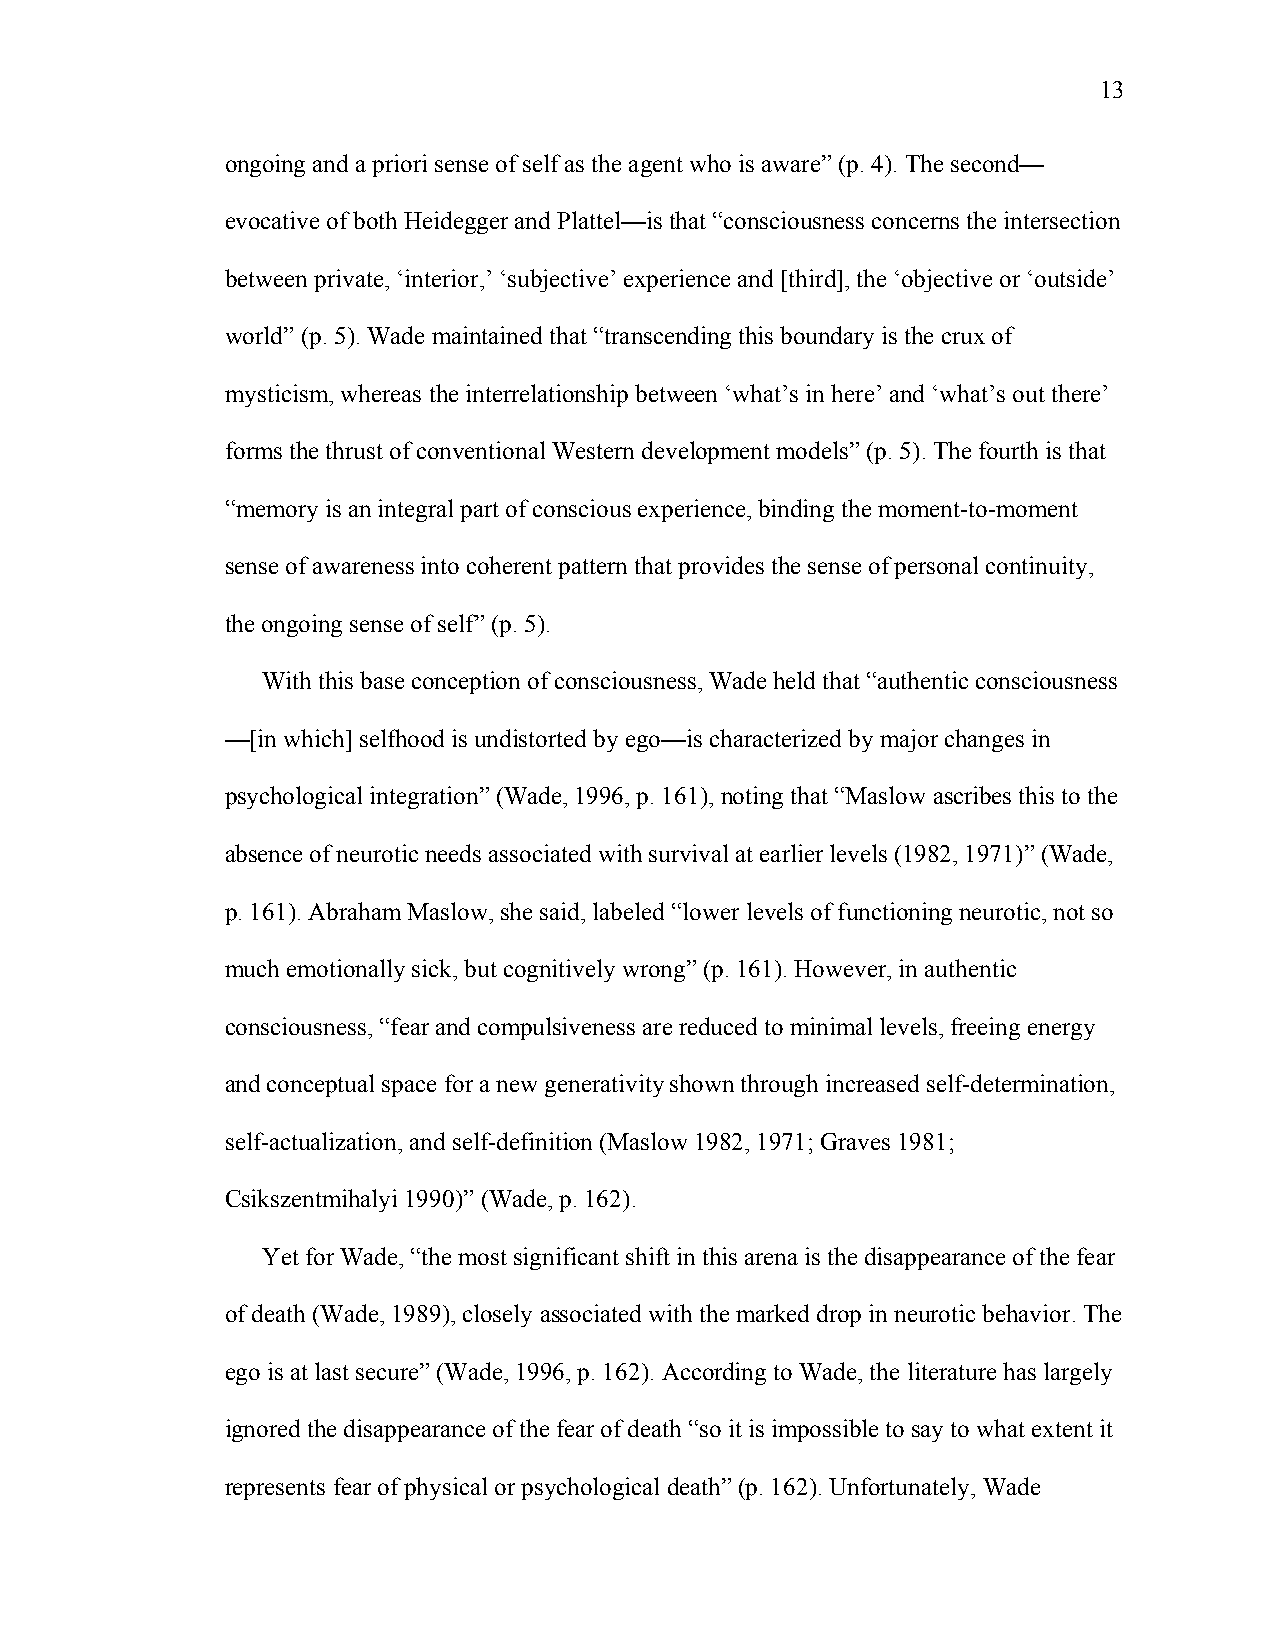
13
 ongoing and a priori sense of self as the agent who is aware” (p. 4). The second—
 evocative of both Heidegger and Plattel—is that “consciousness concerns the intersection
 between private, ‘interior,’ ‘subjective’ experience and [third], the ‘objective or ‘outside’
 world” (p. 5). Wade maintained that “transcending this boundary is the crux of
 mysticism, whereas the interrelationship between ‘what’s in here’ and ‘what’s out there’
 forms the thrust of conventional Western development models” (p. 5). The fourth is that
 “memory is an integral part of conscious experience, binding the moment-to-moment
 sense of awareness into coherent pattern that provides the sense of personal continuity,
 the ongoing sense of self” (p. 5).
 With this base conception of consciousness, Wade held that “authentic consciousness
 —[in which] selfhood is undistorted by ego—is characterized by major changes in
 psychological integration” (Wade, 1996, p. 161), noting that “Maslow ascribes this to the
 absence of neurotic needs associated with survival at earlier levels (1982, 1971)” (Wade,
 p. 161). Abraham Maslow, she said, labeled “lower levels of functioning neurotic, not so
 much emotionally sick, but cognitively wrong” (p. 161). However, in authentic
 consciousness, “fear and compulsiveness are reduced to minimal levels, freeing energy
 and conceptual space for a new generativity shown through increased self-determination,
 self-actualization, and self-definition (Maslow 1982, 1971; Graves 1981;
 Csikszentmihalyi 1990)” (Wade, p. 162).
 Yet for Wade, “the most significant shift in this arena is the disappearance of the fear
 of death (Wade, 1989), closely associated with the marked drop in neurotic behavior. The
 ego is at last secure” (Wade, 1996, p. 162). According to Wade, the literature has largely
 ignored the disappearance of the fear of death “so it is impossible to say to what extent it
 represents fear of physical or psychological death” (p. 162). Unfortunately, Wade